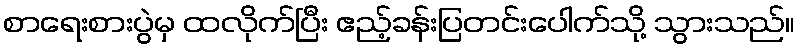
စာရေးစားပွဲမှ ထလိုက်ပြီး ဧည့်ခန်းပြတင်းပေါက်သို့ သွားသည်။